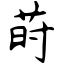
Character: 莳